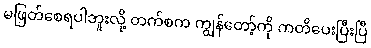
မဖြတ်စေရပါဘူးလို့ တက်စက ကျွန်တော့်ကို ကတိပေးပြီးပြီ